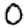
Digit: 0